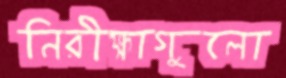
নিরীক্ষাগুলো